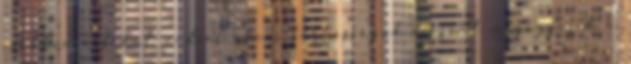
csökken a fékút nedves úton, tartósságuk viszont megegyezik a